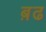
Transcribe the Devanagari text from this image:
ब़ढ